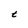
Character: t